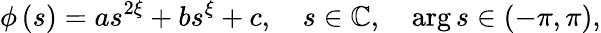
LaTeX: \phi\left(s\right)=as^{2\xi}+bs^{\xi}+c,\quad s\in\mathbb{C},\quad\arg s\in\left(-\pi,\pi\right),